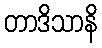
တာဒိသာနိ